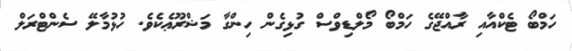
ހަމްބޯ ޓެކްއާއި ރާއްޖޭގެ ހަމްބޯ މޯލްޑިވްސް ގުޅިގެން ހިންގާ މަޝްރޫޢެކެވެ. ހުޅުމާލޭ ސެންޓްރަލް